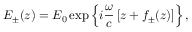
E _ { \pm } ( z ) = E _ { 0 } \exp \left\lbrace i \frac { \omega } { c } \left[ z + f _ { \pm } ( z ) \right] \right\rbrace ,